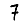
Digit: 7